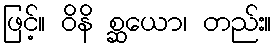
ဖြင့်။ ဝိနိ စ္ဆယော၊ တည်း။